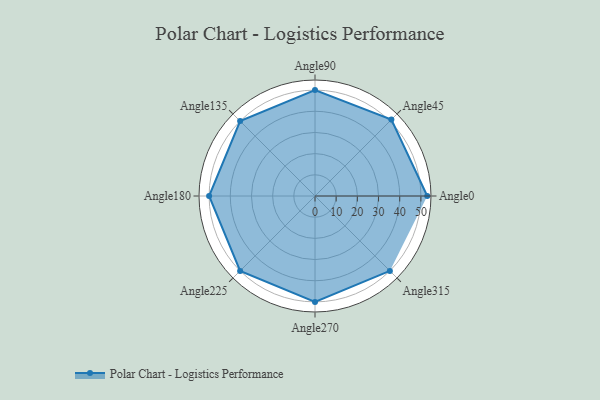
{"axis": {"x": "Angle", "y": "Radius"}, "legend": [""], "data": [{"x": "Angle0", "y": 53.0, "type": ""}, {"x": "Angle45", "y": 51.0, "type": ""}, {"x": "Angle90", "y": 50, "type": ""}, {"x": "Angle135", "y": 50, "type": ""}, {"x": "Angle180", "y": 50, "type": ""}, {"x": "Angle225", "y": 50, "type": ""}, {"x": "Angle270", "y": 50, "type": ""}, {"x": "Angle315", "y": 50, "type": ""}]}